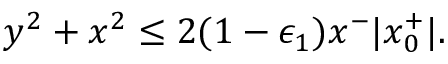
y ^ { 2 } + x ^ { 2 } \le 2 ( 1 - \epsilon _ { 1 } ) x ^ { - } | x _ { 0 } ^ { + } | .